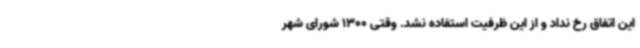
این اتفاق رخ نداد و از این ظرفیت استفاده نشد. وقتی 1300 شورای شهر